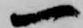
一